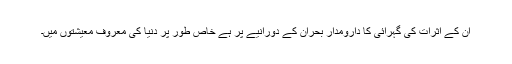
ان کے اثرات کی گہرائی کا دارومدار بحران کے دورانیے پر ہے خاص طور پر دنیا کی معروف معیشتوں میں۔